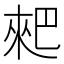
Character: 𠌊